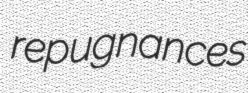
repugnances